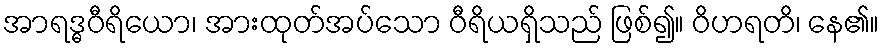
အာရဒ္ဓဝီရိယော၊ အားထုတ်အပ်သော ဝီရိယရှိသည် ဖြစ်၍။ ဝိဟရတိ၊ နေ၏။